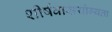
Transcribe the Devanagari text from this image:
शीर्षवासयोग्यता